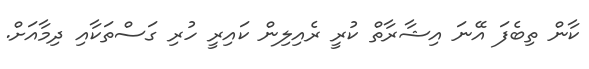
ކާން ތިބެފަ އޭނަ އިޝާރާތް ކުރީ ރެއިލިން ކައިރީ ހުރި ގަސްތަކާއި ދިމާއަށް.